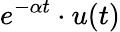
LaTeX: e^{-\alpha t}\cdot u(t)